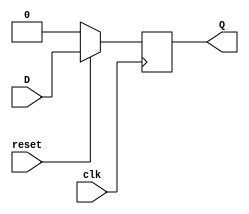
module D_trigger1(clk,reset,D,Q);
input clk,reset;
input  D;
output reg  Q;

always@(posedge clk) begin
  if(~reset) begin
    Q <= 1'b0;
  end
  else begin 
    Q <= D;
  end
end

endmodule

module D_trigger4(clk,reset,D,Q);
input clk,reset;
input [3:0] D;
output reg [3:0] Q;

always@(posedge clk) begin
  if(~reset) begin
    Q <= 4'b0;
  end
  else begin 
    Q <= D;
  end
end

endmodule

module D_trigger10(clk,reset,D,Q);
input clk,reset;
input [9:0] D;
output reg [9:0] Q;

always@(posedge clk) begin
  if(~reset) begin
    Q <= 10'b0;
  end
  else begin 
    Q <= D;
  end
end

endmodule

module D_trigger16(clk,reset,D,Q);
input clk,reset;
input [15:0] D;
output reg [15:0] Q;

always@(posedge clk) begin
  if(~reset) begin
    Q <= 16'b0;
  end
  else begin 
    Q <= D;
  end
end

endmodule


module Double_DT(clk,reset,D0,D1,Q0,Q1);
  input clk,reset;
  input [3:0] D0,D1;
  output [3:0] Q0,Q1;
  
  D_trigger4 d0(clk,reset,D0,Q0);
  D_trigger4 d2(clk,reset,D1,Q1);
endmodule